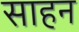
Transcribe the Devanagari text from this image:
साहन